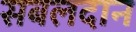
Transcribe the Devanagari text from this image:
सबलदान